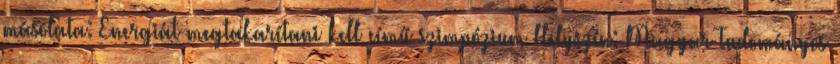
másolata: Energiát megtakarítani kell című szimpózium Helyszín: Magyar Tudományos